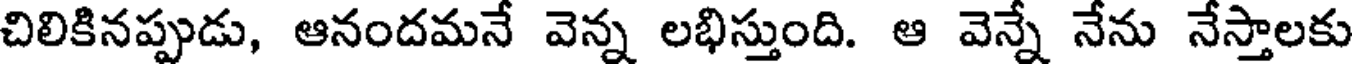
చిలికినప్పుడు, ఆనందమనే వెన్న లభిస్తుంది. ఆ వెన్నే నేను నేస్తాలకు